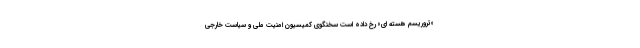
«تروریسم هسته ای» رخ داده است سخنگوی کمیسیون امنیت ملی و سیاست خارجی